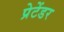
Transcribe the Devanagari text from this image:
प्रेटेंडर